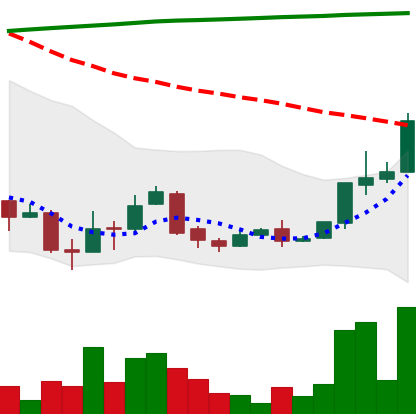
Ticker: XLM-USD
Chart end date: 2018-04-15
Forward return: 34.549%
Label: up_7plus